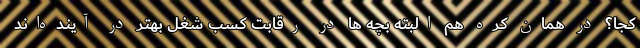
کجا؟ در همان کره هم البته بچه ‌ها در رقابت کسب شغل بهتر در آینده‌اند